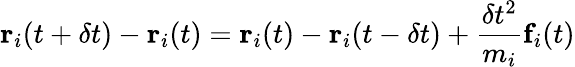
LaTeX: \textbf{r}_{i}(t+\delta t)-\textbf{r}_{i}(t)=\textbf{r}_{i}(t)-\textbf{r}_{i}(t-\delta t)+\frac{\delta t^{2}}{m_{i}}\textbf{f}_{i}(t)